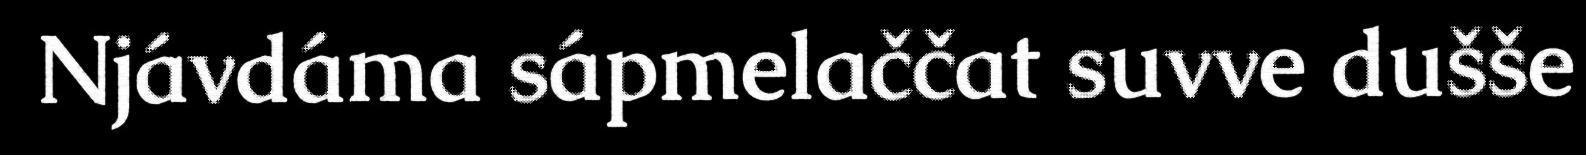
Njávdáma sápmelaččat suvve dušše